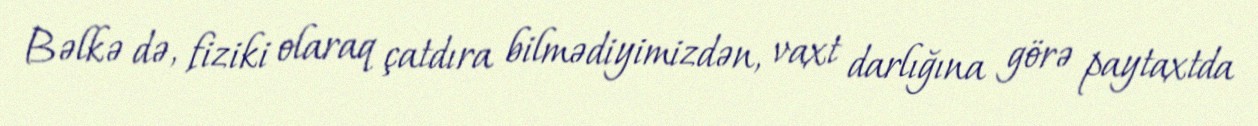
Bəlkə də, fiziki olaraq çatdıra bilmədiyimizdən, vaxt darlığına görə paytaxtda